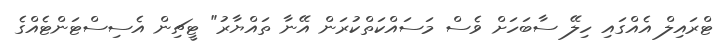
ޓްރައިލް އެއްގައި ހިލޭ ސާބަހަށް ވެސް މަސައްކަތްކުރަން އޭނާ ތައްޔާރު" ޓީޗިން އެސިސްޓަންޓެއްގެ